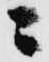
ニ